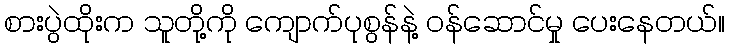
စားပွဲထိုးက သူတို့ကို ကျောက်ပုစွန်နဲ့ ဝန်ဆောင်မှု ပေးနေတယ်။